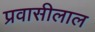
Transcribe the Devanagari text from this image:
प्रवासीलाल